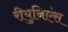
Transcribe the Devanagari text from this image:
रीयुनिएंस